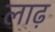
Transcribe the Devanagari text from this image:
लाढ़